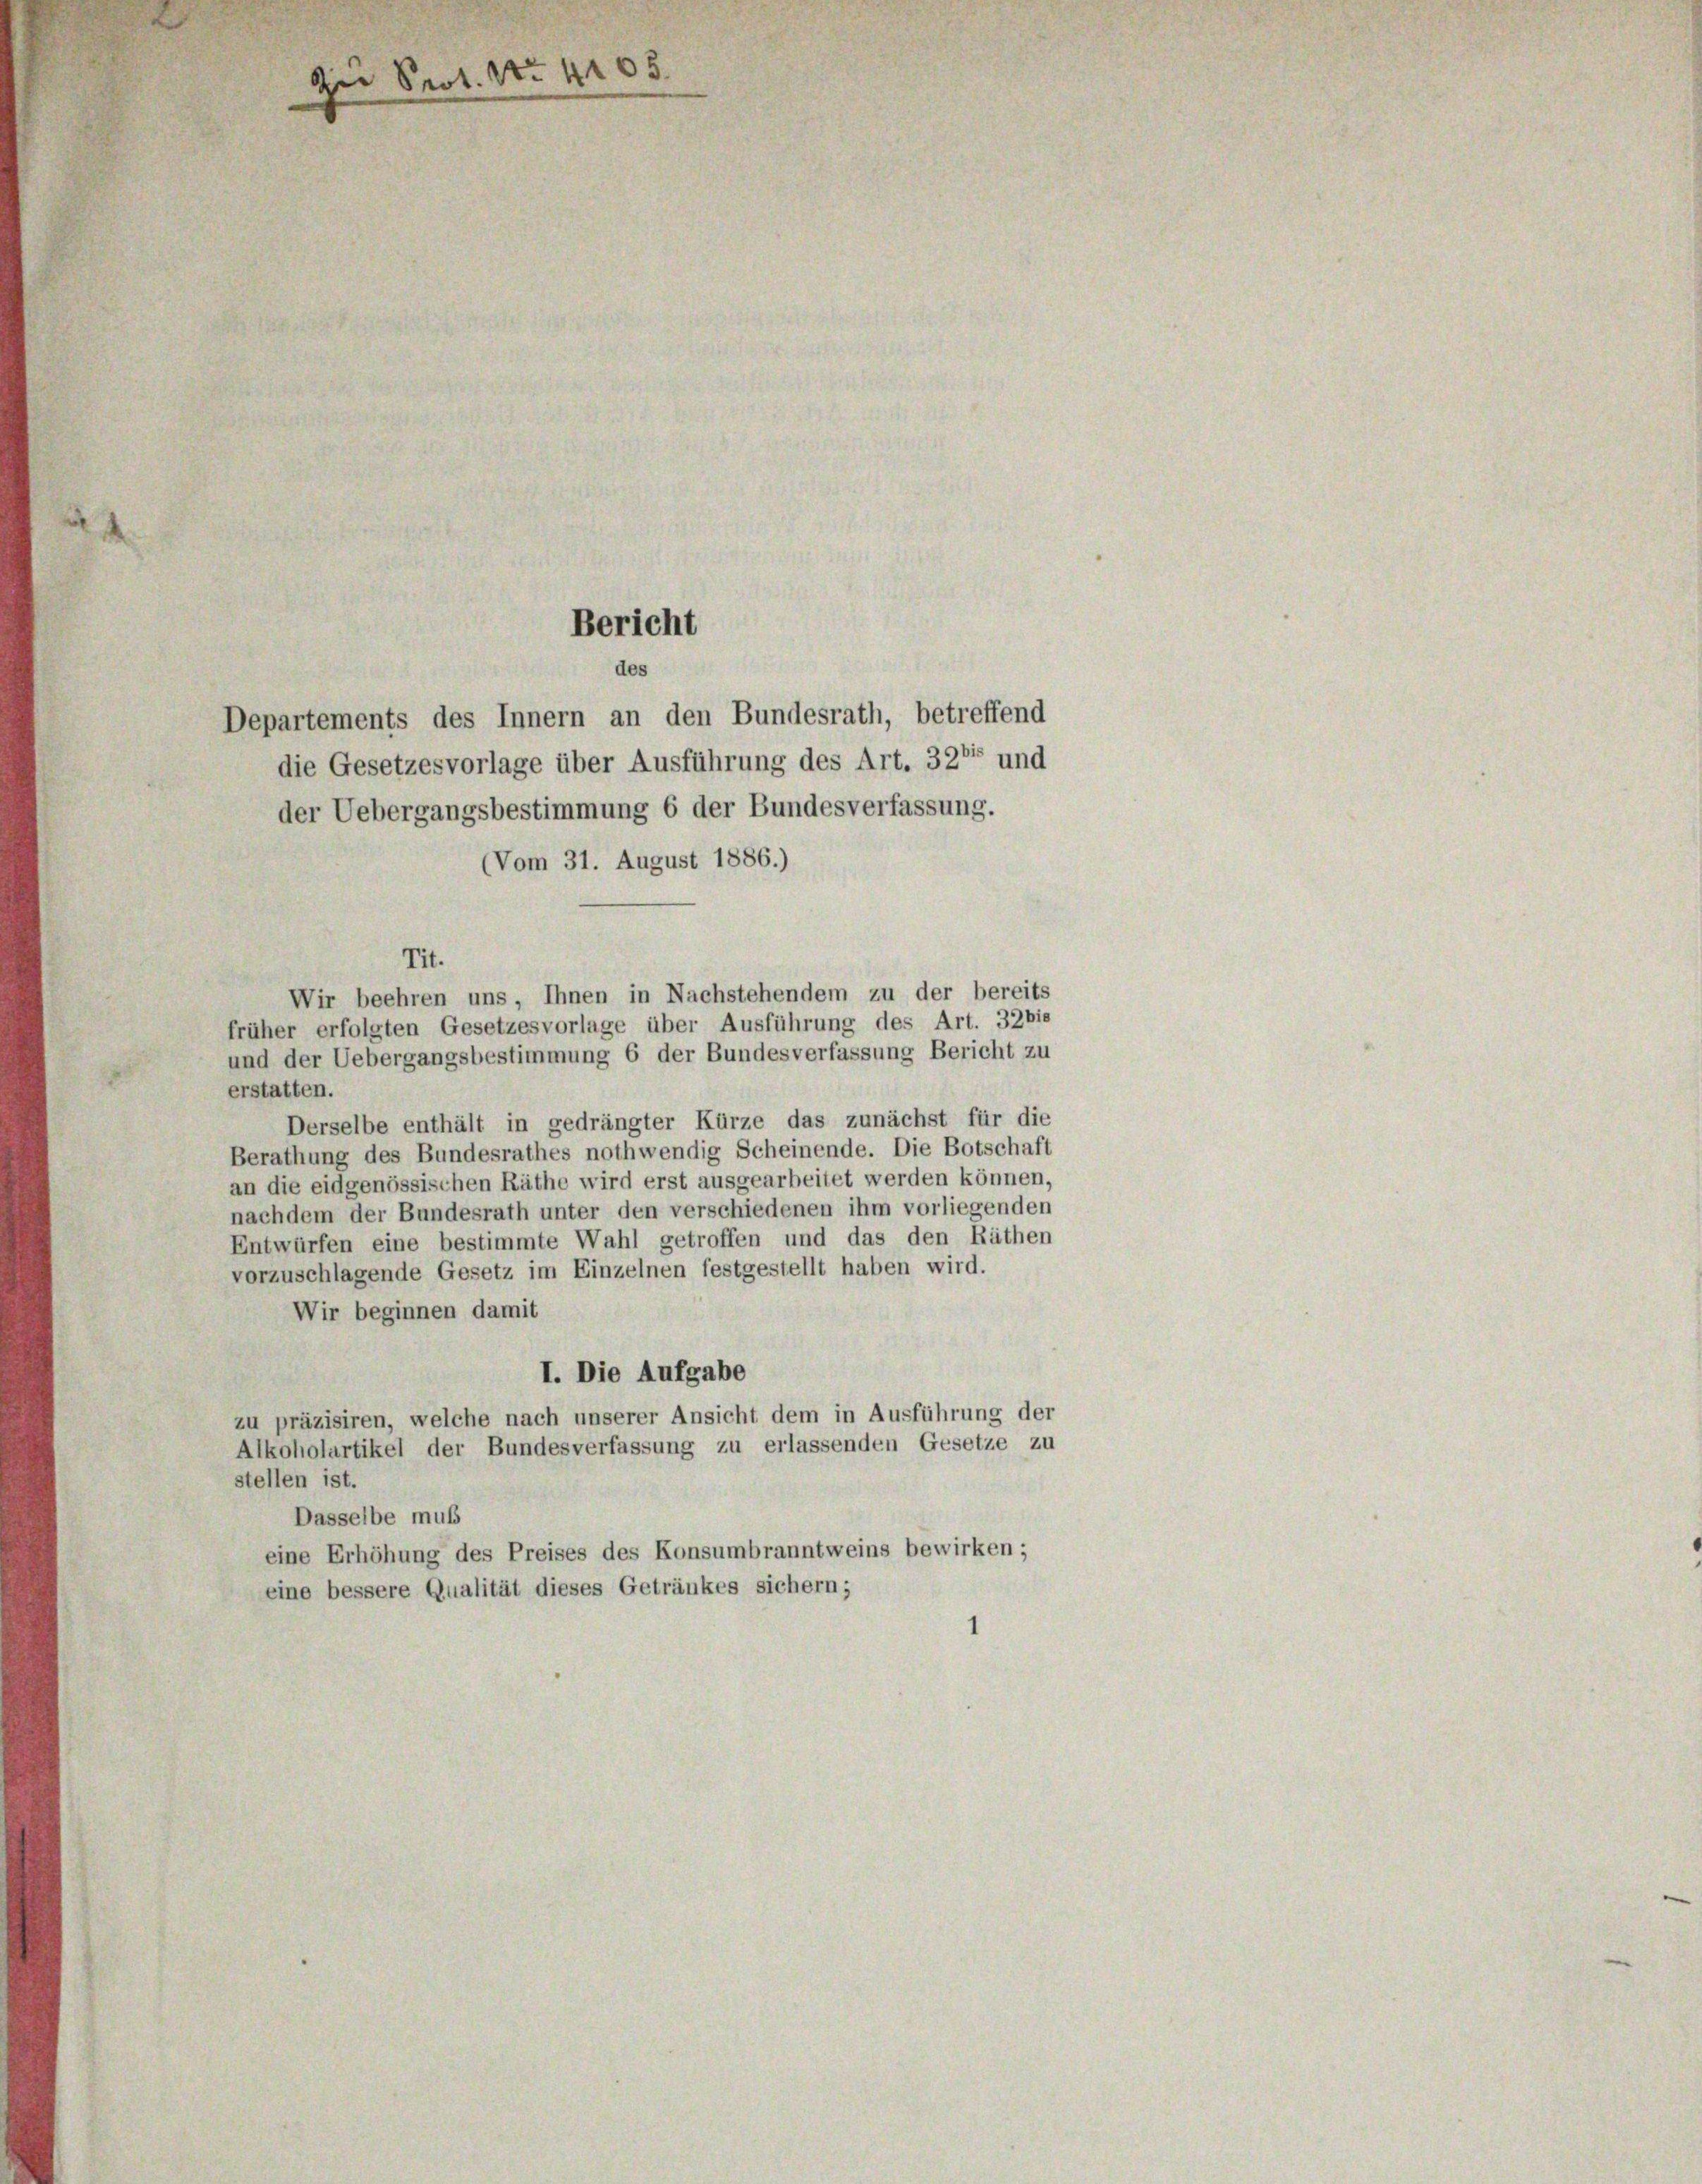
Zu Prot. No. 4165.

Bericht
des
Departements des Innern an den Bundesrath, betreffend
die Gesetzesvorlage über Ausführung des Art. 327 und

Tit.
Wir beehren uns, Ihnen in Nachstehendem zu der bereits
früher erfolgten Gesetzesvorlage über Ausführung des Art. 32 bis
und der Uebergangsbestimmung 6 der Bundesverfassung Bericht zu
erstatten.
Derselbe enthält in gedrängter Kürze das zunächst für die
Berathung des Bundesrathes nothwendig Scheinende. Die Botschaft
an die eidgenössischen Räthe wird erst ausgearbeitet werden können,
nachdem der Bundesrath unter den verschiedenen ihm vorliegenden
Entwürfen eine bestimmte Wahl getroffen und das den Räthen
vorzuschlagende Gesetz im Einzelnen festgestellt haben wird.
Wir beginnen damit
I. Die Aufgabe
zu präzisiren, welche nach unserer Ansicht dem in Ausführung der
Alkoholartikel der Bundesverfassung zu erlassenden Gesetze zu
stellen ist.
Dasselbe muß
eine Erhöhung des Preises des Konsumbranntweins bewirken;
eine bessere Qualität dieses Getränkes sichern;

der Uebergangsbestimmung 6 der Bundesverfassung.
(Vom 31. August 1886.)